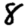
Digit: 8